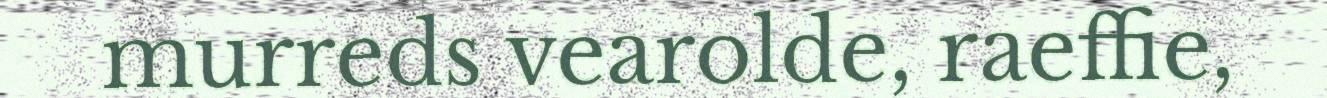
murreds vearolde, raeffie,